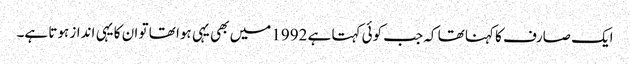
ایک صارف کا کہنا تھا کہ جب کوئی کہتا ہے 1992 میں بھی یہی ہوا تھا تو ان کا یہی انداز ہوتا ہے۔